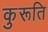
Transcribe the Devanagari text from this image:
कुरूति